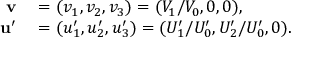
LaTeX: \begin{array} { r l } { \mathbf { v } } & { { } = ( v _ { 1 } , v _ { 2 } , v _ { 3 } ) = ( V _ { 1 } / V _ { 0 } , 0 , 0 ) , } \\ { \mathbf { u ^ { \prime } } } & { { } = ( u _ { 1 } ^ { \prime } , u _ { 2 } ^ { \prime } , u _ { 3 } ^ { \prime } ) = ( U _ { 1 } ^ { \prime } / U _ { 0 } ^ { \prime } , U _ { 2 } ^ { \prime } / U _ { 0 } ^ { \prime } , 0 ) . } \end{array}